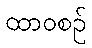
ထာဝစဉ်